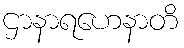
ဌာနာရဟေနာတိ